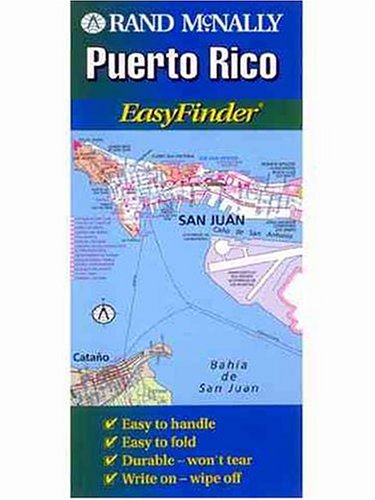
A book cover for Ef Puerto Rico, PR (Rand McNally Easyfinder); Rand McNally; Travel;